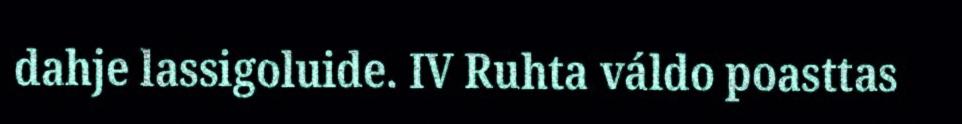
dahje lassigoluide. IV Ruhta váldo poasttas